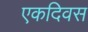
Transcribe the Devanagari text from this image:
एकदिवस